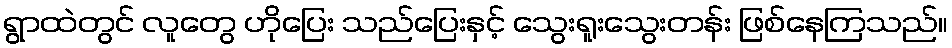
ရွာထဲတွင် လူတွေ ဟိုပြေး သည်ပြေးနှင့် သွေးရူးသွေးတန်း ဖြစ်နေကြသည်။